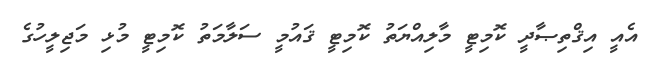
އެއީ އިޤްތިޞާދީ ކޮމިޓީ މާލިއްޔަތު ކޮމިޓީ ޤައުމީ ސަލާމަތު ކޮމިޓީ މުޅި މަޖިލީހުގެ